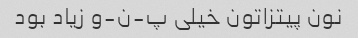
نون پیتزاتون خیلی پ-ن-و زیاد بود